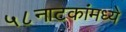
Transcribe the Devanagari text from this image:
५८नाटकांमध्ये